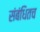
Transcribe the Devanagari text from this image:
संबंधितच